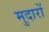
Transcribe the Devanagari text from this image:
मुदारों